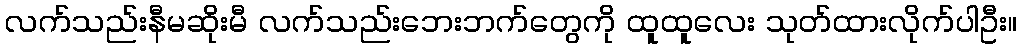
လက်သည်းနီမဆိုးမီ လက်သည်းဘေးဘက်တွေကို ထူထူလေး သုတ်ထားလိုက်ပါဦး။